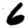
Digit: 6